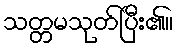
သတ္တမသုတ်ပြီး၏။